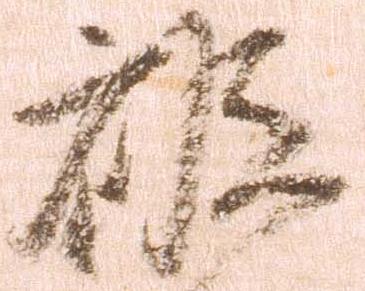
被